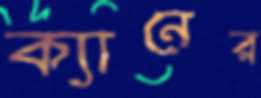
ক্যানের